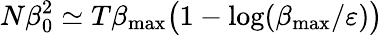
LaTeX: N\beta_{0}^{2}\simeq T\beta_{\mathrm{max}}\big(1-\log(\beta_{\mathrm{max}}/\varepsilon)\big)